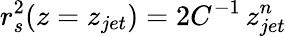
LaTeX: r_{s}^{2}(z=z_{jet})=2C^{-1}\, z_{jet}^{n}